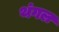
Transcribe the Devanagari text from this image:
थंगल